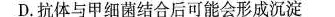
D.抗体与甲细菌结合后可能会形成沉淀